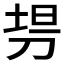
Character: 𰄳